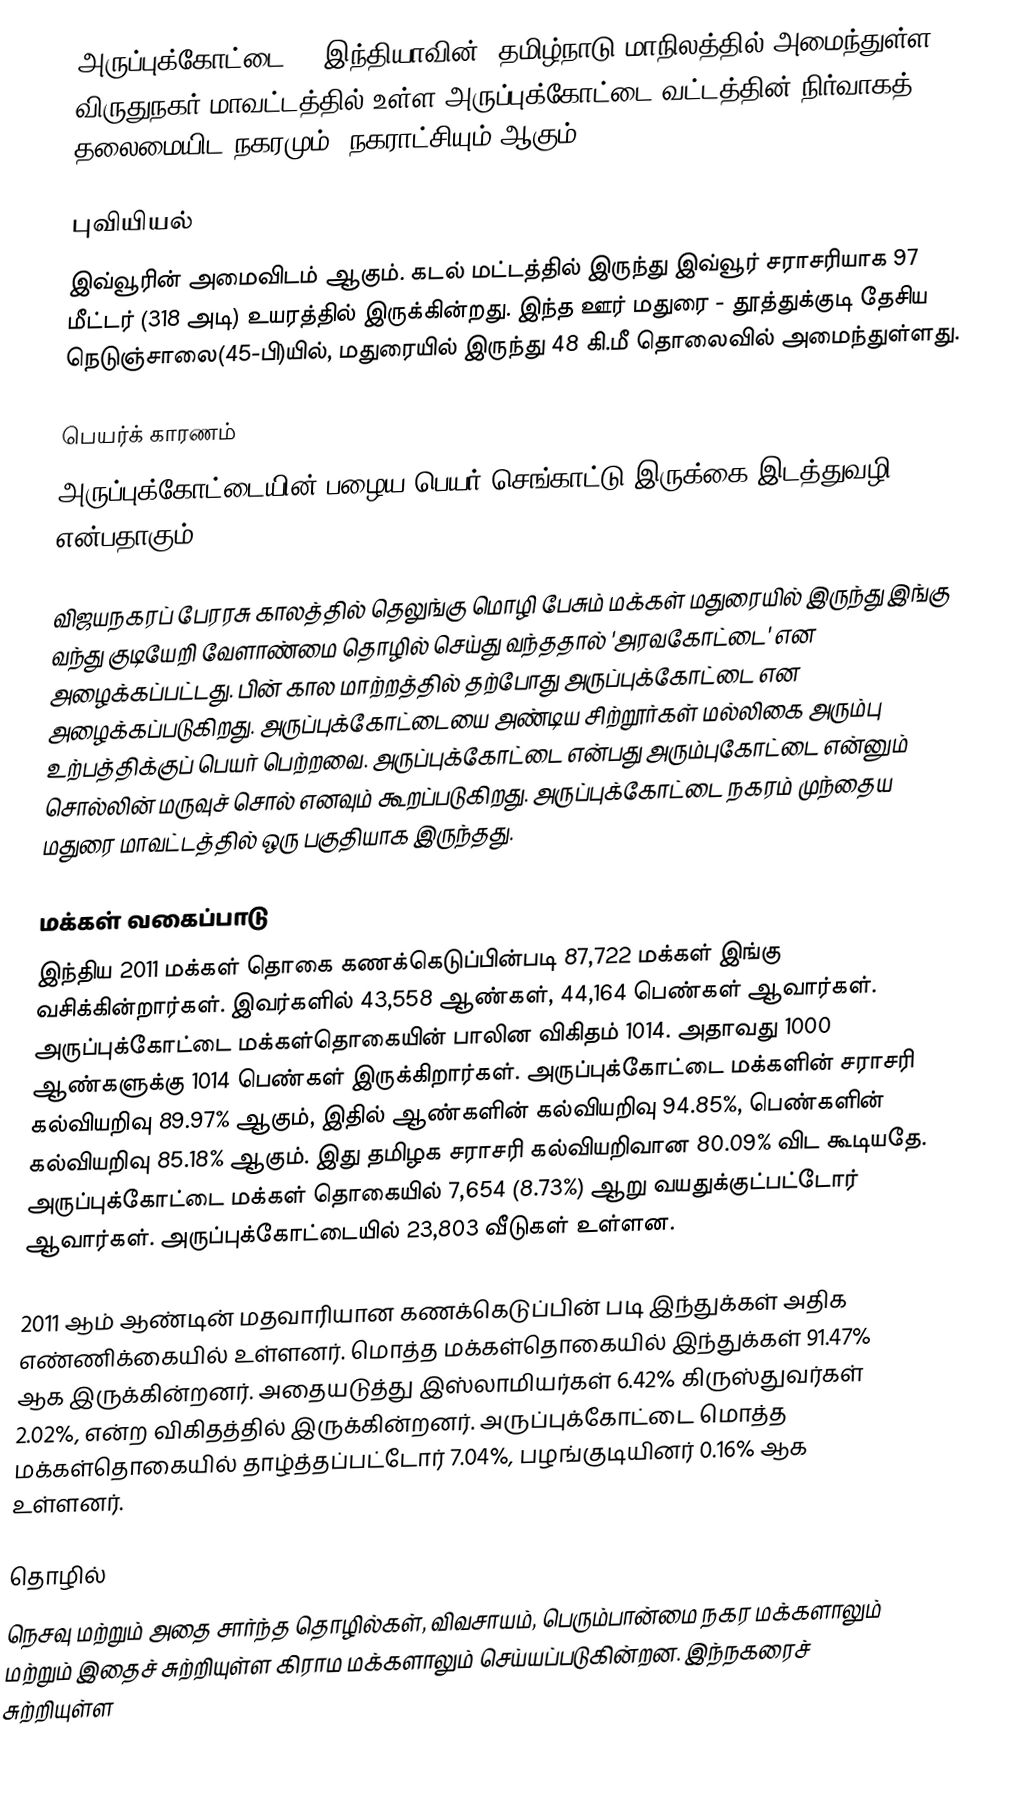
அருப்புக்கோட்டை () இந்தியாவின், தமிழ்நாடு மாநிலத்தில் அமைந்துள்ள விருதுநகர் மாவட்டத்தில் உள்ள அருப்புக்கோட்டை வட்டத்தின் நிர்வாகத் தலைமையிட நகரமும், நகராட்சியும் ஆகும்.

புவியியல்
இவ்வூரின் அமைவிடம்  ஆகும். கடல் மட்டத்தில் இருந்து இவ்வூர் சராசரியாக  97 மீட்டர்   (318 அடி) உயரத்தில் இருக்கின்றது. இந்த ஊர் மதுரை - தூத்துக்குடி தேசிய நெடுஞ்சாலை(45-பி)யில், மதுரையில் இருந்து 48 கி.மீ தொலைவில் அமைந்துள்ளது.

பெயர்க் காரணம்
அருப்புக்கோட்டையின் பழைய பெயர் செங்காட்டு இருக்கை இடத்துவழி என்பதாகும்.

விஜயநகரப் பேரரசு காலத்தில் தெலுங்கு மொழி பேசும் மக்கள் மதுரையில் இருந்து இங்கு வந்து குடியேறி வேளாண்மை தொழில் செய்து வந்ததால் 'அரவகோட்டை' என அழைக்கப்பட்டது. பின் கால மாற்றத்தில் தற்போது அருப்புக்கோட்டை என அழைக்கப்படுகிறது. அருப்புக்கோட்டையை அண்டிய சிற்றூர்கள் மல்லிகை அரும்பு உற்பத்திக்குப் பெயர் பெற்றவை. அருப்புக்கோட்டை என்பது அரும்புகோட்டை என்னும் சொல்லின் மருவுச் சொல் எனவும் கூறப்படுகிறது. அருப்புக்கோட்டை நகரம் முந்தைய மதுரை மாவட்டத்தில் ஒரு பகுதியாக இருந்தது.

மக்கள் வகைப்பாடு
இந்திய 2011 மக்கள் தொகை கணக்கெடுப்பின்படி 87,722 மக்கள் இங்கு வசிக்கின்றார்கள். இவர்களில் 43,558 ஆண்கள், 44,164 பெண்கள் ஆவார்கள். அருப்புக்கோட்டை மக்கள்தொகையின் பாலின விகிதம் 1014. அதாவது 1000 ஆண்களுக்கு 1014 பெண்கள் இருக்கிறார்கள். அருப்புக்கோட்டை மக்களின் சராசரி கல்வியறிவு 89.97% ஆகும், இதில் ஆண்களின் கல்வியறிவு 94.85%, பெண்களின் கல்வியறிவு 85.18% ஆகும். இது தமிழக சராசரி கல்வியறிவான 80.09% விட கூடியதே. அருப்புக்கோட்டை மக்கள் தொகையில் 7,654 (8.73%) ஆறு வயதுக்குட்பட்டோர் ஆவார்கள். அருப்புக்கோட்டையில் 23,803 வீடுகள் உள்ளன.

2011 ஆம் ஆண்டின் மதவாரியான கணக்கெடுப்பின் படி இந்துக்கள் அதிக எண்ணிக்கையில் உள்ளனர். மொத்த மக்கள்தொகையில் இந்துக்கள் 91.47% ஆக இருக்கின்றனர். அதையடுத்து இஸ்லாமியர்கள் 6.42% கிருஸ்துவர்கள் 2.02%, என்ற விகிதத்தில் இருக்கின்றனர். அருப்புக்கோட்டை மொத்த மக்கள்தொகையில் தாழ்த்தப்பட்டோர் 7.04%, பழங்குடியினர் 0.16% ஆக உள்ளனர்.

தொழில்
நெசவு மற்றும் அதை சார்ந்த தொழில்கள், விவசாயம், பெரும்பான்மை நகர மக்களாலும் மற்றும் இதைச் சுற்றியுள்ள கிராம மக்களாலும் செய்யப்படுகின்றன. இந்நகரைச் சுற்றியுள்ள